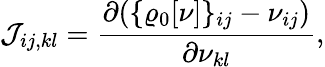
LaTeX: {\displaystyle{\cal J}_{ij,kl}=\frac{\partial(\{ {\varrho_{\mathrm{0}}[\nu]}\} _{ij}-\nu_{ij})}{\partial\nu_{kl}},}